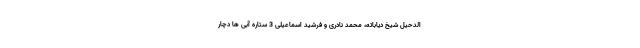
الدحیل شیخ دیاباته، محمد نادری و فرشید اسماعیلی 3 ستاره آبی ها دچار